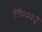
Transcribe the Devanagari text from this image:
११०००२